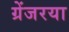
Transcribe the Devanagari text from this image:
ग्रेंजरया